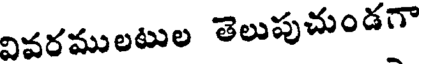
వివరములటుల తెలుపుచుండగా